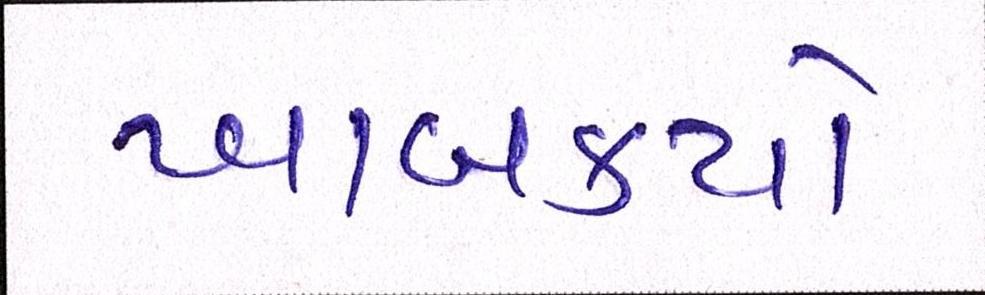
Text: ખાબક્યો